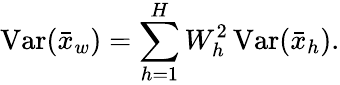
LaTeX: \operatorname{Var}({\bar{x}}_{w})=\sum_{h=1}^{H}W_{h}^{2}\operatorname{Var}({\bar{x}}_{h}).